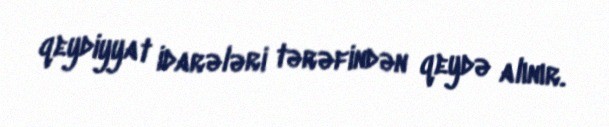
qeydiyyat idarələri tərəfindən qeydə alınır.